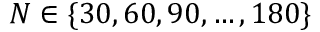
N \in \{ 3 0 , 6 0 , 9 0 , \dots , 1 8 0 \}